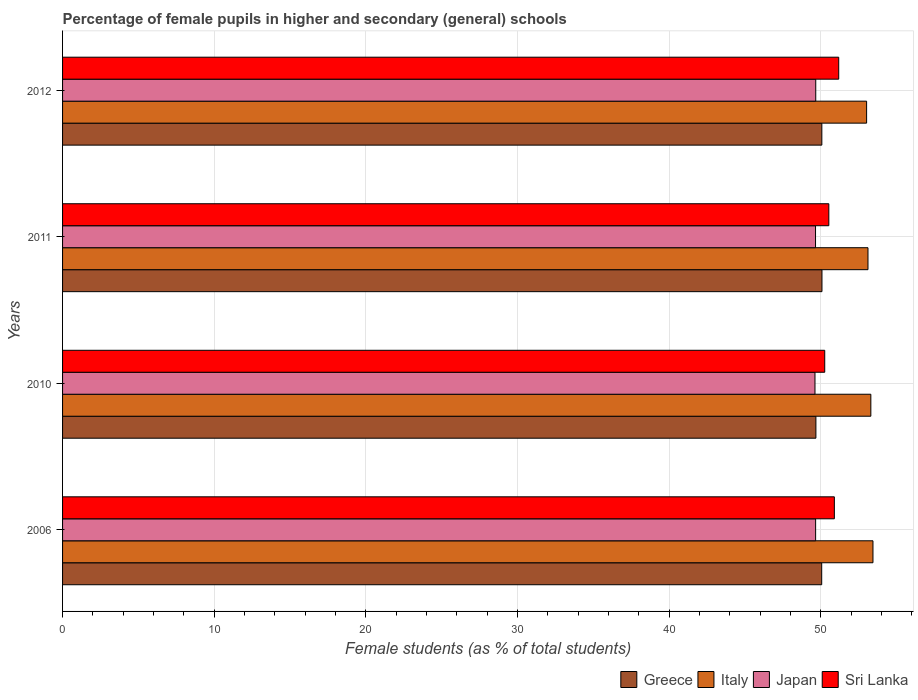
| Years | Greece | Italy | Japan | Sri Lanka |
 | --- | --- | --- | --- | --- |
 | 2006 | 50.1 | 53.4 | 49.7 | 50.9 |
 | 2010 | 49.7 | 53.3 | 49.6 | 50.3 |
 | 2011 | 50.1 | 53.1 | 49.7 | 50.5 |
 | 2012 | 50.1 | 53 | 49.7 | 51.2 |